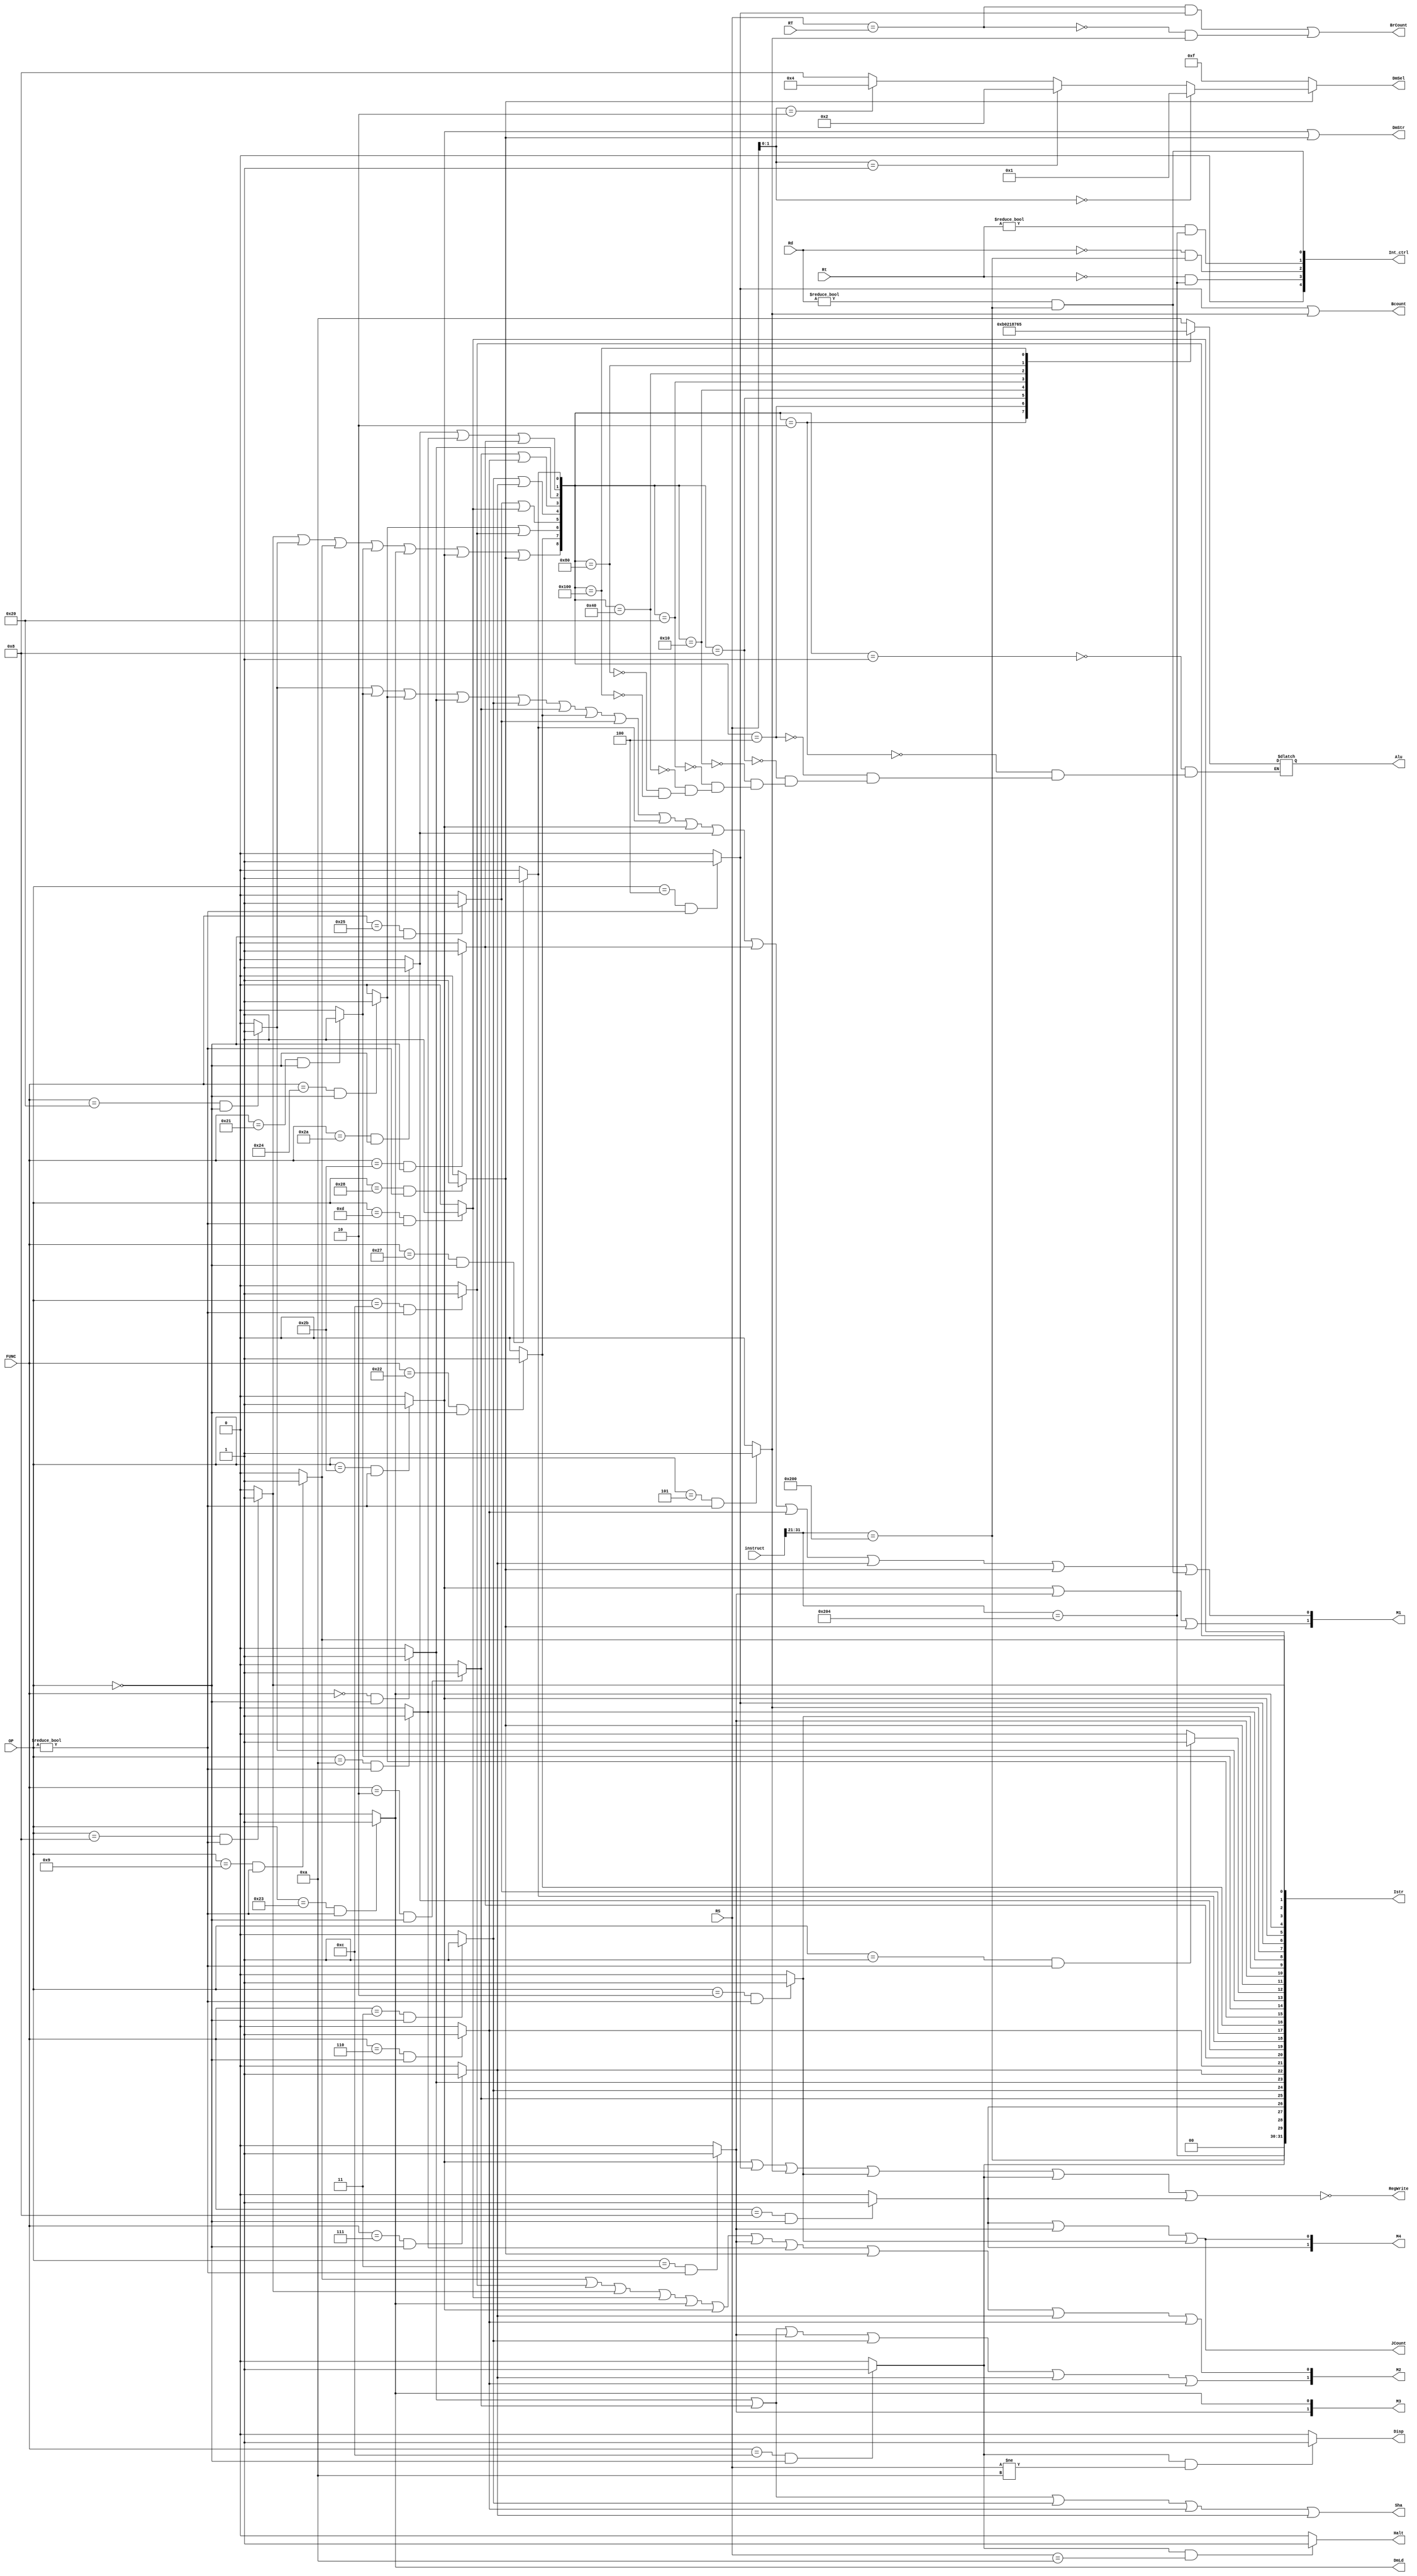
`timescale 1ns / 1ps
//////////////////////////////////////////////////////////////////////////////////
// Company: Group RuLaiFo
// 
// Design Name: 
// Module Name: controller
// Project Name: 
// Target Devices: 
// Tool Versions: 
// Description: 
// 
// Dependencies: 
// 
// Revision:
// Revision 0.01 - File Created
// Additional Comments:
// 
//////////////////////////////////////////////////////////////////////////////////

`define OP_R 		6'b0
`define OP_ADDI 	6'h08	//addi
`define OP_ADDIU 	6'h09	//addiu
`define OP_ANDI 	6'h0c	//andi
`define OP_ORI 		6'h0d	//ori
`define OP_LW 		6'h23	//lw
`define OP_SW 		6'h2b	//sw
`define OP_BEQ 		6'h04	//beq
`define OP_BNE 		6'h05	//bne
`define OP_SLTI 	6'h0a	//slti
`define OP_J 		6'h02 	//j
`define OP_JAL 		6'h03	//jal
`define OP_SB 		6'h28	//CCMB: sb
`define OP_BLTZ 	6'h01	//CCMB: bltz

`define FUNC_ADD 	6'h20 	//add
`define FUNC_ADDU 	6'h21	//addu
`define FUNC_AND 	6'h24	//and
`define FUNC_SUB 	6'h22	//sub
`define FUNC_OR 	6'h25	//or
`define FUNC_NOR 	6'h27	//nor
`define FUNC_SLT 	6'h2a	//slt
`define FUNC_SLTU 	6'h2b	//sltu
`define FUNC_SLL 	6'h00	//sll
`define FUNC_SRA 	6'h03	//sra
`define FUNC_SRL 	6'h02 	//srl
`define FUNC_JR 	6'h08	//jr
`define FUNC_SYSCAL	6'h0c 	//syscall
`define FUNC_SRLV 	6'h06	//CCMB: srlv
`define FUNC_SRAV 	6'h07	//CCMB: srav


module controller(OP, FUNC, RS, RT, Rd, Rt, instruct, Alu, RegWrite, DmLd, DmStr, DmSel, Sha, Halt, Disp, BrCount, Bcount, JCount, M1, M2, M3, M4, Istr, Int_ctrl);

input [5:0] OP, FUNC;
input [4:0] Rd, Rt;
input [31:0] RS, RT, instruct; 
wire EQUAL;

output wire RegWrite, DmLd, DmStr, Sha, Halt, Disp, BrCount, Bcount, JCount;
output reg [3:0] Alu;
output wire [3:0] DmSel;
output wire [1:0] M1, M2, M3, M4;
output wire [31:0] Istr;
output wire [4:0] Int_ctrl;

wire addi, addiu, andi, ori, lw, sw, beq, bne, slti, j, jal;
wire add, addu, _and, sub, _or, _nor, slt, sltu, sll, sra, srl, jr, syscall;
wire sb, bltz, srlv, srav; //CCMB

wire opt_add, opt_sub, opt_and, opt_or, opt_sra, opt_srl, opt_sll, opt_nor, opt_cmpu;

wire MFC, MTC, eret, sti, cli, mfc, mtc;
wire [3:0] sel;

assign EQUAL = (RS == RT);

assign  add = (FUNC == `FUNC_ADD && OP == `OP_R) ? 1 : 0;
assign	addu = (FUNC == `FUNC_ADDU && OP == `OP_R) ? 1: 0;
assign	_and  = (FUNC == `FUNC_AND && OP == `OP_R) ? 1: 0;
assign	sub = (FUNC == `FUNC_SUB && OP == `OP_R) ? 1 : 0;
assign	_or = (FUNC == `FUNC_OR && OP == `OP_R) ? 1: 0;
assign	_nor = (FUNC == `FUNC_NOR && OP == `OP_R) ? 1: 0;
assign	slt = (FUNC == `FUNC_SLT && OP == `OP_R) ? 1: 0;
assign	sltu = (FUNC == `FUNC_SLTU && OP == `OP_R) ? 1: 0;
assign	sll = (FUNC == `FUNC_SLL && OP == `OP_R) ? 1: 0;
assign	sra = (FUNC == `FUNC_SRA && OP == `OP_R) ?1 : 0;
assign	srl = (FUNC == `FUNC_SRL && OP == `OP_R) ? 1: 0;
assign	jr = (FUNC == `FUNC_JR && OP == `OP_R) ? 1 : 0;
assign  srlv = (FUNC == `FUNC_SRLV && OP == `OP_R) ? 1 : 0;
assign  srav = (FUNC == `FUNC_SRAV && OP == `OP_R) ? 1 : 0;
assign	syscall = (FUNC == `FUNC_SYSCAL && OP == `OP_R) ? 1: 0;

assign	addi =( OP == `OP_ADDI && OP != `OP_R) ? 1: 0;
assign	addiu = (OP == `OP_ADDIU && OP != `OP_R) ? 1: 0;
assign	andi = (OP == `OP_ANDI && OP != `OP_R) ? 1: 0;
assign	ori = (OP == `OP_ORI && OP != `OP_R) ? 1 : 0;
assign	lw = (OP == `OP_LW && OP != `OP_R) ? 1: 0;
assign	sw = (OP == `OP_SW && OP != `OP_R) ? 1: 0;
assign	beq = (OP == `OP_BEQ && OP != `OP_R) ? 1 : 0 ;
assign	bne = (OP == `OP_BNE && OP != `OP_R) ? 1: 0;
assign	slti = (OP == `OP_SLTI && OP != `OP_R) ? 1:0;
assign	j = (OP == `OP_J && OP != `OP_R) ? 1 : 0;
assign	jal = (OP == `OP_JAL && OP != `OP_R) ? 1: 0;
assign 	bltz = (OP == `OP_BLTZ && OP != `OP_R) ? 1 : 0;
assign  sb = (OP == `OP_SB && OP !=`OP_R) ? 1 : 0;

assign	opt_add = addi | add | addiu | addu | lw | sw | sb;
assign	opt_sub = sub;
assign	opt_and = _and | andi;
assign	opt_or = _or | ori ; 
assign	opt_sra = sra | srav;
assign	opt_srl = srl | srlv;
assign	opt_sll = sll;
assign	opt_nor = _nor;
assign	opt_cmpu = slt | slti | sltu;

assign  MFC = instruct[31:21] == 11'h200;
assign  MTC = instruct[31:21] == 11'h204;
assign  sti = Rd == 0 && MFC;
assign  cli = Rt == 0 && MTC;
assign  mfc = Rd != 0 && MFC;
assign  mtc = Rt != 0 && MTC;
assign  eret = Istr == 32'h42000018;

assign  sel = RS[1:0] == 0 ? 4'h1 : (RS[1:0] == 1 ? 4'h2 : (RS[1:0] == 2 ? 4'h4 : 4'h8));

always @(*) begin
	case({opt_add,opt_sub,opt_and,opt_or,opt_sra,opt_srl,opt_sll,opt_cmpu,opt_nor})
		9'b000000001: Alu = 4'b1010;
		9'b000000010: Alu = 4'b1011;
		9'b000000100: Alu = 4'b0000;
		9'b000001000: Alu = 4'b0010;
		9'b000010000: Alu = 4'b0001;
		9'b000100000: Alu = 4'b1000;
		9'b001000000: Alu = 4'b0111;
		9'b010000000: Alu = 4'b0110;
		9'b100000000: Alu = 4'b0101;
		default : ;
	endcase
end

assign	RegWrite = ~(sw | beq | bne | j | syscall | jr);
assign	DmSel = sb ? sel : 4'hf;
assign	DmLd = lw;
assign	DmStr = sw | sb;
assign	Sha = sll | srl | sra | srlv | srav;
assign	Disp = (syscall == 1 && RS != 32'h0000000a) ? 1 : 0; 
assign	Halt = (syscall == 1 && RS == 32'h0000000a) ? 1 : 0; 
assign	M1[1] = sw | jal | sb;
assign	M1[0] = add | addu | _and | sll | sra | srl | sub | _or | _nor | sw | slt | sltu | srlv | srav | sb | mfc;
assign	M2[1] = sll | srl | jal | sra | srav | srlv;
assign	M2[0] = addiu | andi | addi | ori | lw | sw | jal | slti | sb | srav | srlv;
assign	M3[1] = jal;
assign	M3[0] = lw;
assign	M4[1] = jr;
assign	M4[0] = jr | jal | j;
assign	JCount = jr | jal | j;
assign	Bcount = beq | bne;
assign	BrCount = (EQUAL && beq) | (~EQUAL && bne);

assign  Int_ctrl = {eret, cli, sti, mtc, mfc};
assign  Istr = {MTC, MFC, syscall, jr, srl, sra, 
				sll, srav, srlv, sltu, slt, _nor,
				_or, sub, _and, addu, add, bltz, 
				sb, jal, j, slti, bne, beq, sw, 
				lw, ori, andi, addiu, addi};

endmodule